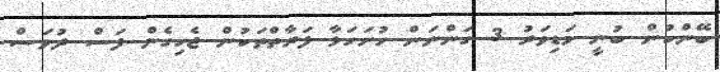
ބޭންކުން ބުނީ މަޑިވަރު 3 ގަންނަން ހުށަހަޅާ ފަރާތްތަކުން ޖެހިގެން ފަސް ދުވަސް